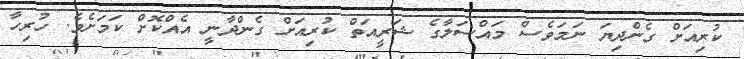
ކުރިއަށް ގެންދިޔަ ނަމަވެސް މައްސަލާގެ ޝަރީއަތް ކުރިއަށް ގެންދާނީ އެއްކޮށް ކަމަށެވެ. ހުރިހާ